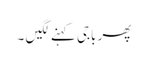
پھر باجی کہنے لگیں ۔